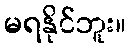
မရနိုင်ဘူး။